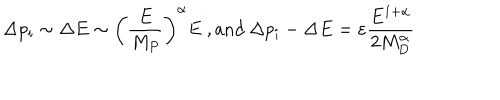
LaTeX: \Delta p _ { i } \sim \Delta E \sim \left( \frac { E } { M _ { P } } \right) ^ { \alpha } E ~ , \mathrm { a n d } ~ \Delta p _ { i } - \Delta E = \varepsilon \frac { E ^ { 1 + \alpha } } { 2 M _ { D } ^ { \alpha } }